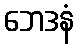
ဘေဒနံ